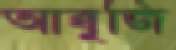
আব্বুজি